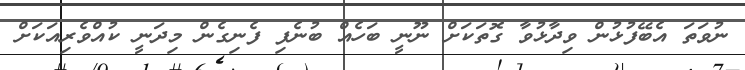
ނުވަތަ އެބޭފުޅުން ވިދާޅުވާ ގޮތަކަށް ނޫނީ ބަހެއް ބުނެފި ފެނިގެން މިދަނީ ކުއްވެރިއަކަށް